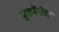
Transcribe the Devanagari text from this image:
ब्रुकहैवेन